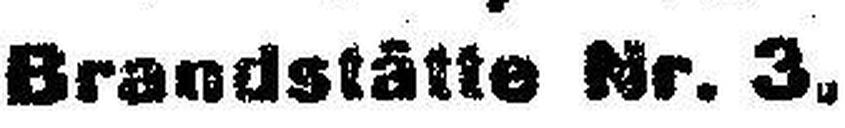
Brandstätte Nr. 3,